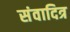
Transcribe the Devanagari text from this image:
संवादित्र